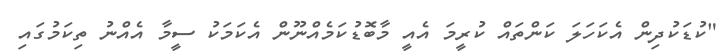
"ކުޑަކުދިން އެކަހަލަ ކަންތައް ކުރީމަ އެއީ މާބޮޑުކަމެއްނޫން އެކަމަކު ސީމާ އެއްނު ތިކަމުގައި